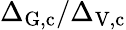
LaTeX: \Delta_{\mathrm{G},\mathrm{c}}/\Delta_{\mathrm{V},\mathrm{c}}